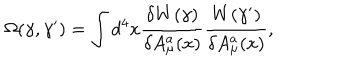
\Omega ( \gamma , \gamma ^ { \prime } ) = \int d ^ { 4 } x \frac { \delta W ( \gamma ) } { \delta A _ { \mu } ^ { a } ( x ) } \frac { W ( \gamma ^ { \prime } ) } { \delta A _ { \mu } ^ { a } ( x ) } ,